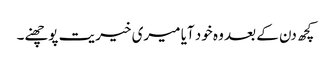
کچھ دن کے بعد وہ خود آیا میری خیریت پوچھنے۔